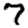
Digit: 7